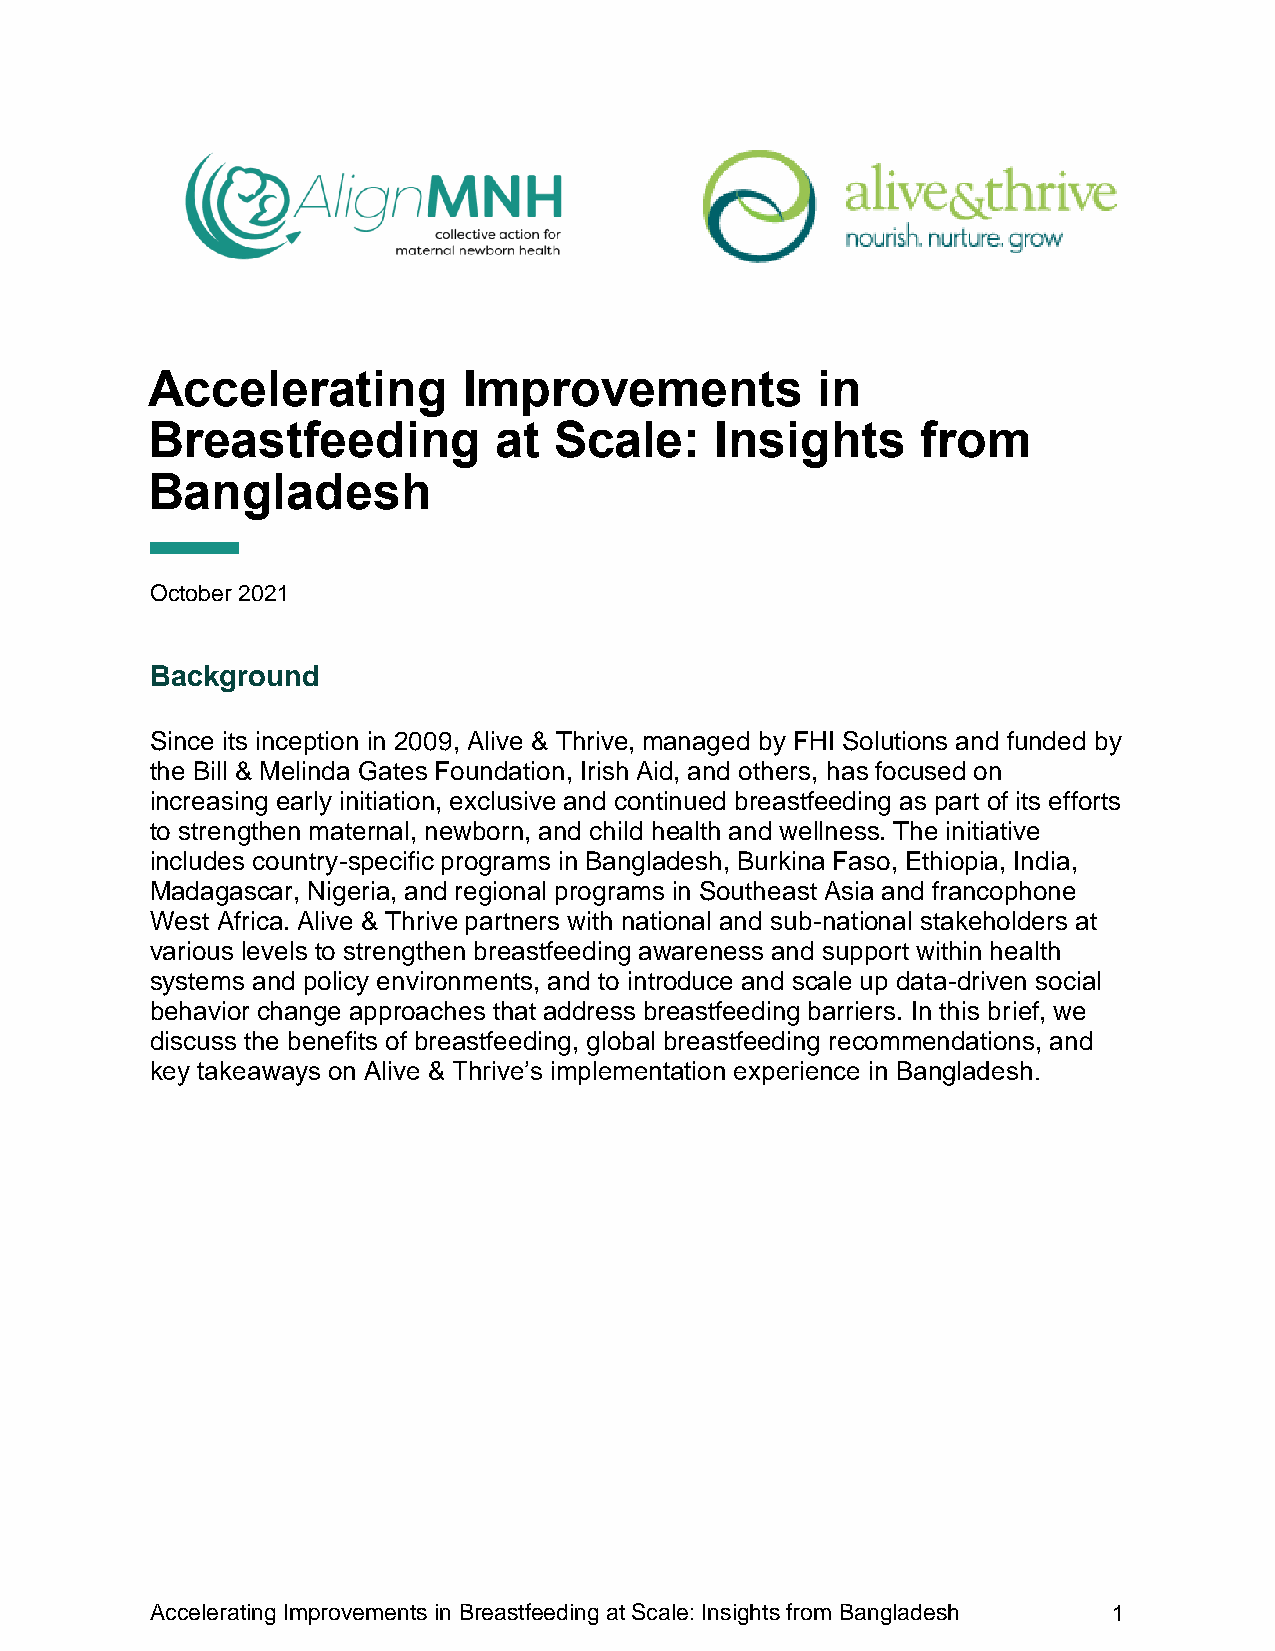
A ccelerating        Improvements           in
 Breastfeeding          at  Scale:    Insights      from
 Bangladesh
 October 2021
 Background
 Since its inception in 2009, Alive & Thrive, managed by FHI Solutions and funded by
 the Bill & Melinda Gates Foundation, Irish Aid, and others, has focused on
 increasing early initiation, exclusive and continued breastfeeding as part of its efforts
 to strengthen maternal, newborn, and child health and wellness. The initiative
 includes country-specific programs in Bangladesh, Burkina Faso, Ethiopia, India,
 Madagascar, Nigeria, and regional programs in Southeast Asia and francophone
 West Africa. Alive & Thrive partners with national and sub-national stakeholders at
 various levels to strengthen breastfeeding awareness and support within health
 systems and policy environments, and to introduce and scale up data-driven social
 behavior change approaches that address breastfeeding barriers. In this brief, we
 discuss the benefits of breastfeeding, global breastfeeding recommendations, and
 key takeaways on Alive & Thrive’s implementation experience in Bangladesh.
 Accelerating Improvements in Breastfeeding at Scale: Insights from Bangladesh 1